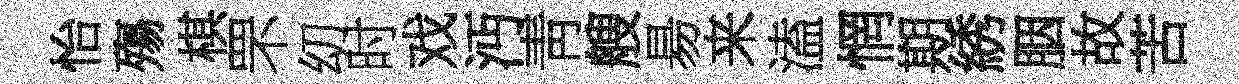
怡殤棋罘㓜时戏沔靑艘昜来溘惘期綉胭故苦